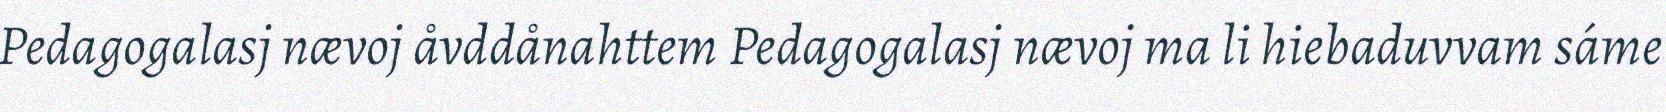
Pedagogalasj nævoj åvddånahttem Pedagogalasj nævoj ma li hiebaduvvam sáme